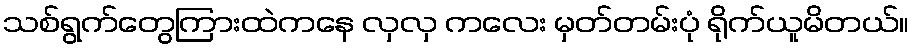
သစ်ရွက်တွေကြားထဲကနေ လှလှ ကလေး မှတ်တမ်းပုံ ရိုက်ယူမိတယ်။